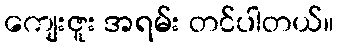
ကျေးဇူး အရမ်း တင်ပါတယ်။